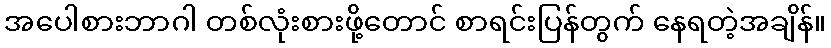
အပေါစားဘာဂါ တစ်လုံးစားဖို့တောင် စာရင်းပြန်တွက် နေရတဲ့အချိန်။